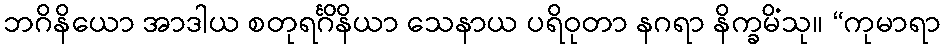
ဘဂိနိယော အာဒါယ စတုရင်္ဂိနိယာ သေနာယ ပရိဝုတာ နဂရာ နိက္ခမိံသု။ “ကုမာရာ